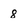
Character: 8